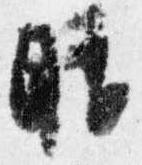
晴